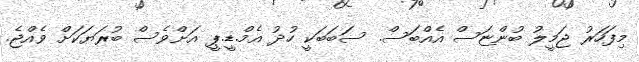
މިފަހަރު ޖަމީލު ބުންޏަސް އެއްބަސް. ސަބަބަކީ ހުދު އެމް.ޑީ.ޕީ އަށްވެސް ބުރަޔަކަށް ވެއްޖެ.